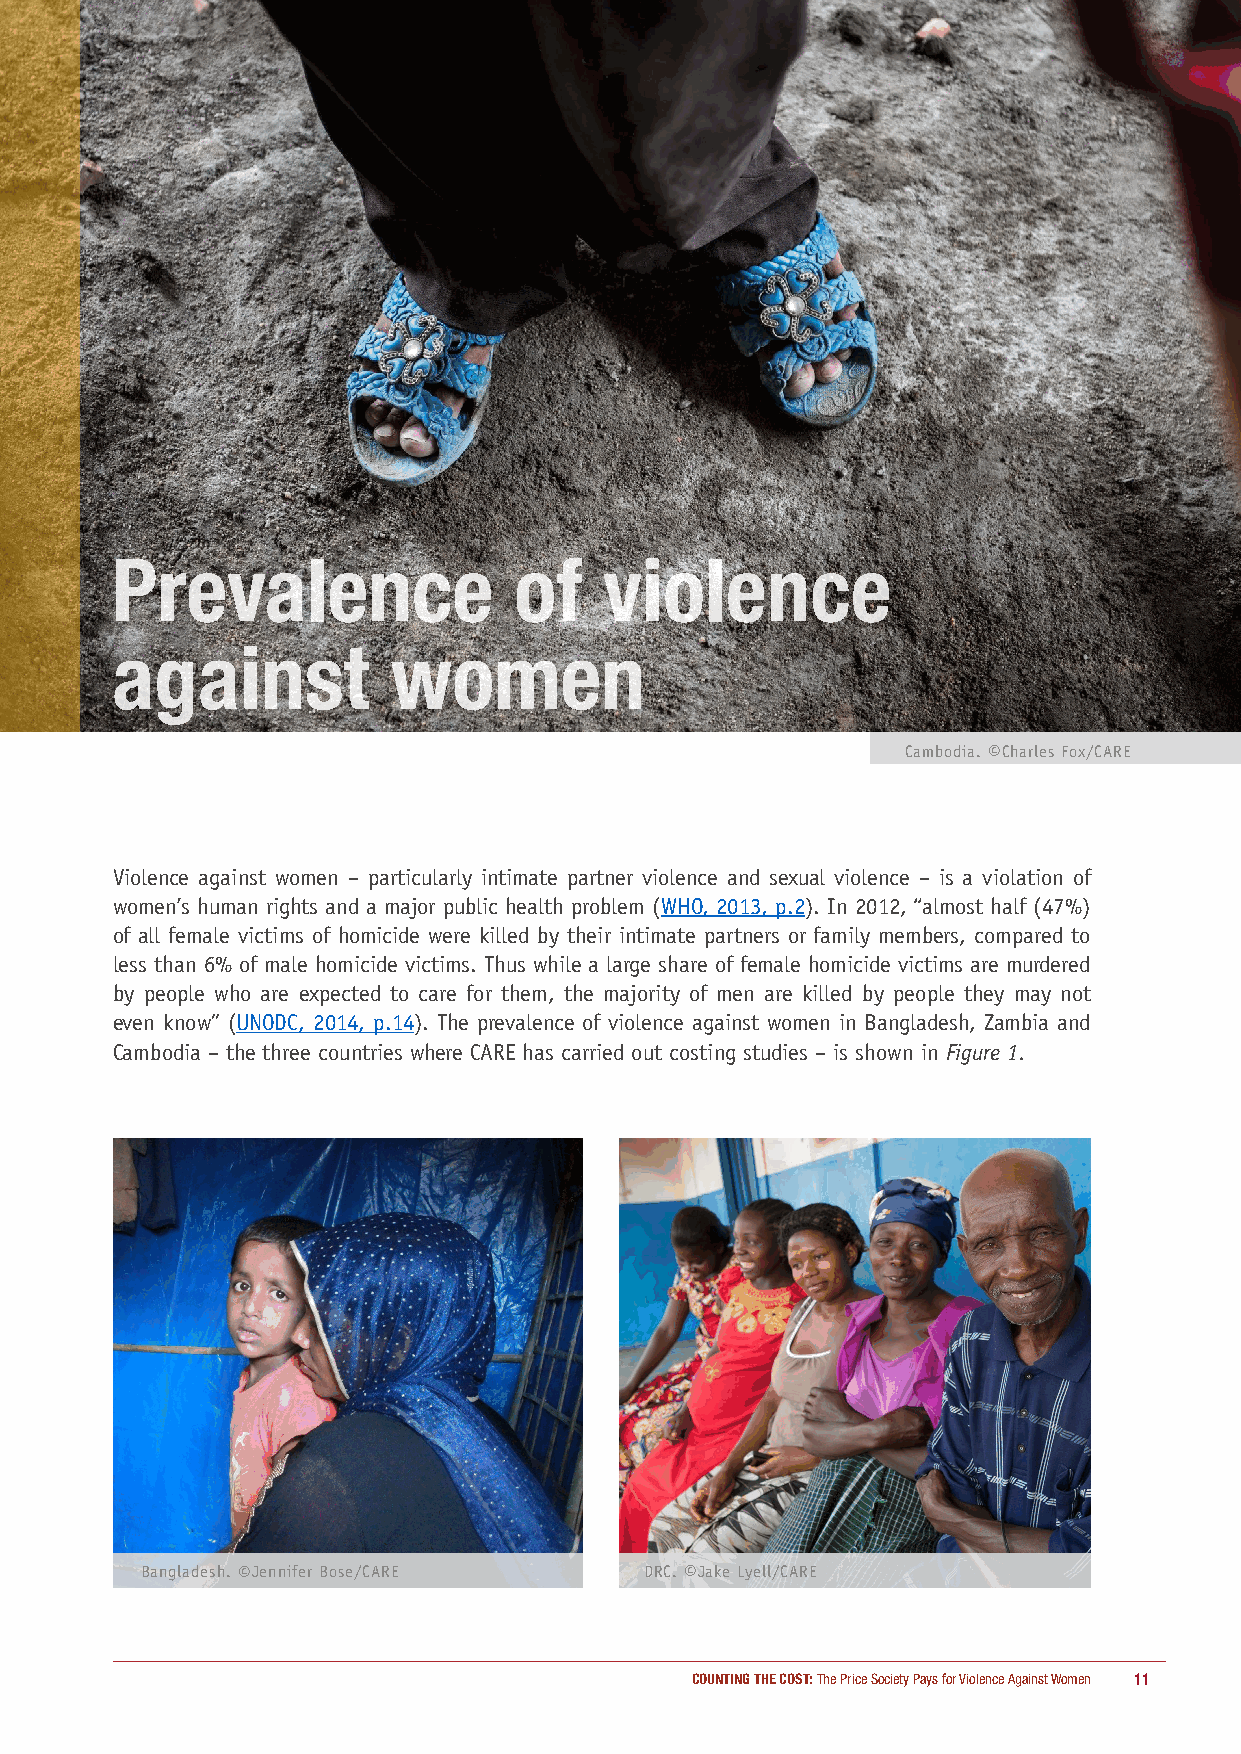
Prevalence                 of    violence
 against            women
 Cambodia. ©Charles Fox/CARE
 Violence against women – particularly intimate partner violence and sexual violence – is a violation of
 women’s human rights and a major public health problem (WHO, 2013, p.2). In 2012, “almost half (47%)
 of all female victims of homicide were killed by their intimate partners or family members, compared to
 less than 6% of male homicide victims. Thus while a large share of female homicide victims are murdered
 by people who are expected to care for them, the majority of men are killed by people they may not
 even know” (UNODC, 2014, p.14). The prevalence of violence against women in Bangladesh, Zambia and
 Cambodia – the three countries where CARE has carried out costing studies – is shown in Figure 1.
 Bangladesh. ©Jennifer Bose/CARE   DRC. ©Jake Lyell/CARE
 COUNTING THE COST: The Price Society Pays for Violence Against Women 11